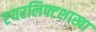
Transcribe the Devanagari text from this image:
एयरलिफ्टशाखा